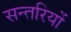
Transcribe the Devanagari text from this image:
सन्तरियों